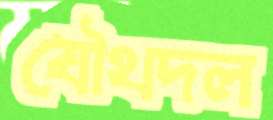
যৌথদল